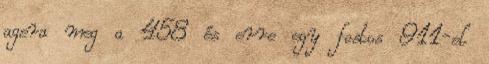
agera meg a 458 és erre egy fostos 911-el